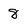
Character: 8